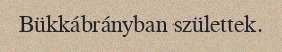
Bükkábrányban születtek.